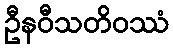
ဦနဝီသတိဝဿံ